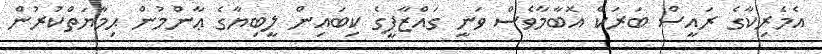
އެމެރިކާގެ ރައީސް ބަރަކް އޮބާމާވެސް ވަނީ ގައްޒާފީގެ ކިބައިން ލީބިޔާގެ ޢާންމުން ޙިމާޔަތްކުރުން